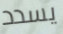
يسدد